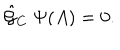
LaTeX: { \hat { \cal G } } _ { C } \ \Psi ( A ) = 0 .